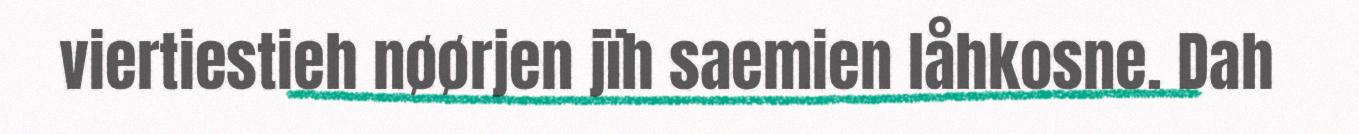
viertiestieh nøørjen jïh saemien låhkosne. Dah